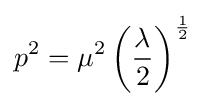
p^{2}=\mu ^{2}\left({\frac {\lambda }{2}}\right)^{1 \over 2}